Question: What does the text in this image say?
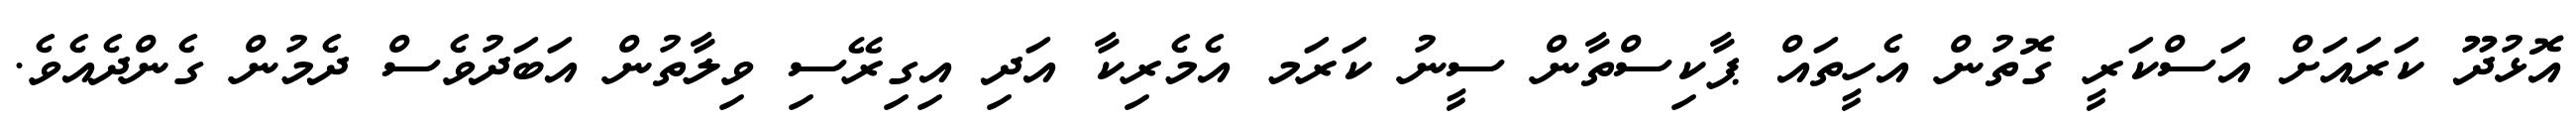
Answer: އޮޅުދޫ ކަރައަށް އަސްކަރީ ގޮތުން އެހީތައް ޕާކިސްތާން ސީނު ކަރަމ އެމެރިކާ އަދި އިގިރޭސި ވިލާތުން އަބަދުވެސް ދެމުން ގެންދެއެވެ.